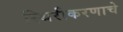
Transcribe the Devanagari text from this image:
स्थिरीकरणाचे